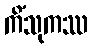
ကိံသုကဿ